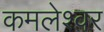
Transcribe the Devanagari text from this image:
कमलेश्‍वर